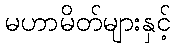
မဟာမိတ်များနှင့်